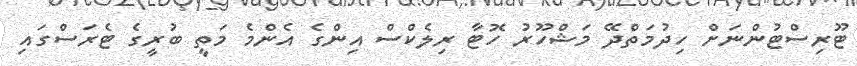
ޓޫރިސްޓުންނަށް ހިދުމަތްދޭ މަޝްހޫރު ހޮޓާ ރިލެކްސް އިންގެ އެންމެ މަތީ ބުރީގެ ޓެރަސްގައި